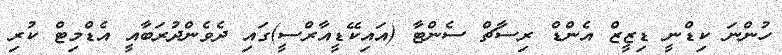
ހުންނަ ކިޑްނީ ޑިޒީޒް އެންޑް ރިސާޗް ސެންޓާ (އައިކޭޑީއާރްސީ)ގައި ދެވެންދުރަބާއީ އެޑްމިޓް ކުރި